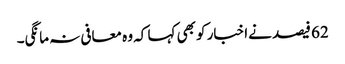
62 فیصد نےاخبار کو بھی کہا کہ وہ معافی نہ مانگی۔